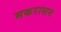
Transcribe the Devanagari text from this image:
मकरासन